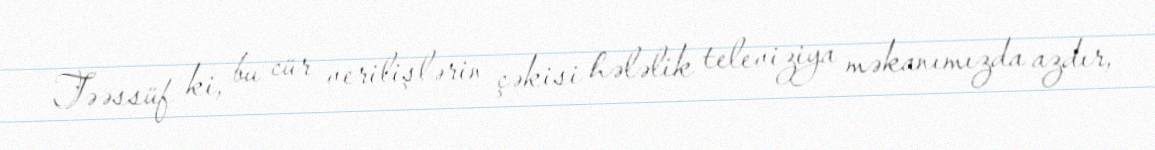
Təəssüf ki, bu cür verilişlərin çəkisi hələlik televiziya məkanımızda azdır,